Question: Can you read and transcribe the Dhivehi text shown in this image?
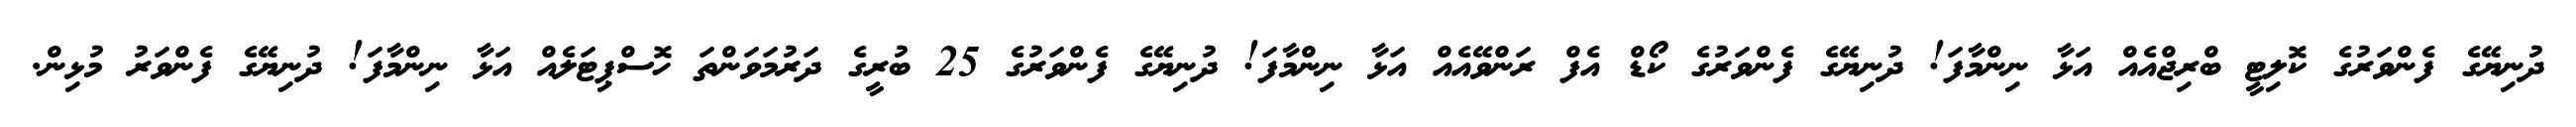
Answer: ދުނިޔޭގެ ފެންވަރުގެ ކޮލިޓީ ބްރިޖްއެއް އަޅާ ނިންމާފަ! ދުނިޔޭގެ ފެންވަރުގެ ކޯޑް އެފް ރަންވޭއެއް އަޅާ ނިންމާފަ! ދުނިޔޭގެ ފެންވަރުގެ 25 ބުރީގެ ދަރުމަވަންތަ ހޮސްޕިޓަލެއް އަޅާ ނިންމާފަ! ދުނިޔޭގެ ފެންވަރު މުޅިން.